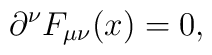
\partial^\nu F_{\mu\nu}(x) = 0,